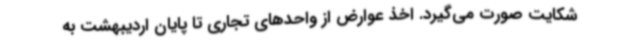
شکایت صورت می‌گیرد. اخذ عوارض از واحدهای تجاری تا پایان اردیبهشت به